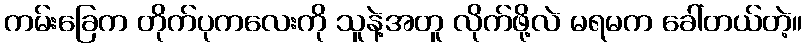
ကမ်းခြေက တိုက်ပုကလေးကို သူနဲ့အတူ လိုက်ဖို့လဲ မရမက ခေါ်တယ်တဲ့။